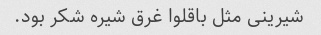
شیرینی مثل باقلوا غرق شیره شکر بود.